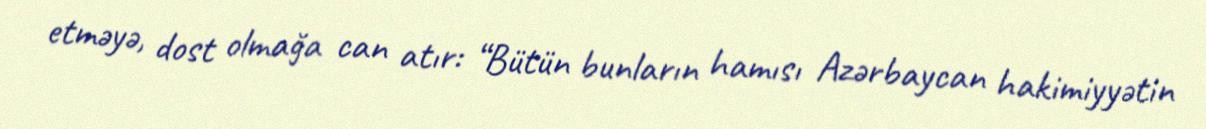
etməyə, dost olmağa can atır: “Bütün bunların hamısı Azərbaycan hakimiyyətin